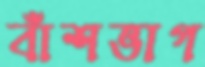
বাঁশভাগ